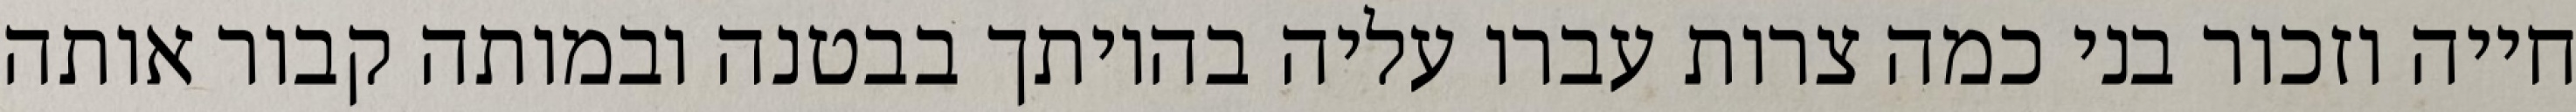
חייה וזכור בני כמה צרות עברו עליה בהיותך בבטנה ובמותה קבור אותה